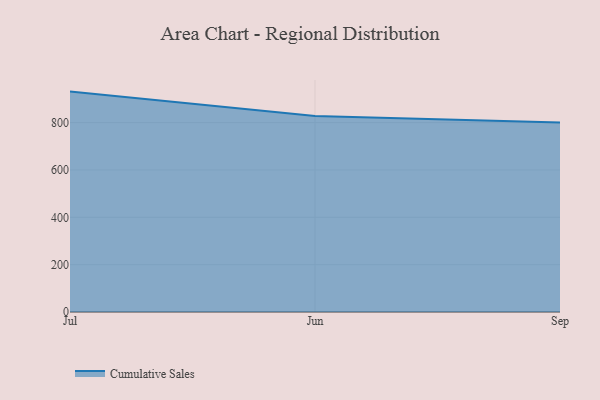
{"axis": {"x": "Month", "y": "Gross Profit (USD K)"}, "legend": ["Cumulative Sales"], "data": [{"x": "Jul", "y": 930.9, "type": "Cumulative Sales"}, {"x": "Jun", "y": 827.5, "type": "Cumulative Sales"}, {"x": "Sep", "y": 800, "type": "Cumulative Sales"}]}